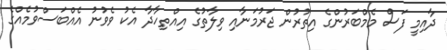
ދާއިމީ ފަސް މެމްބަރުންގެ އިތުރުން ޖަރުމަނާއި ވިލާތުގެ އިއްތިހާދާ އެކު ވެވުނު އެއްބަސްވުމެއްގެ